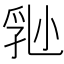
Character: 𡮈